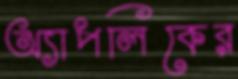
অ্যাপলিকের